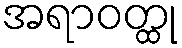
အရာဝတ္ထု